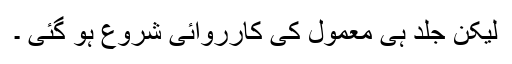
لیکن جلد ہی معمول کی کارروائی شروع ہو گئی ۔